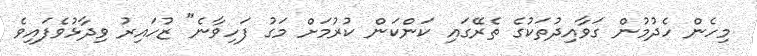
މިހެން ހެދުމުން ގަވާއިދުތަކުގެ ތެރޭގައި ކަންކަން ކުރުމަށް މަގު ފަހިވާނެ" ޒުހައިރު ވިދާޅުވެފައިވެ